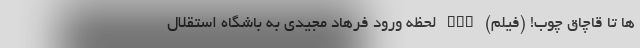
ها تا قاچاق چوب! (فیلم) nan لحظه ورود فرهاد مجیدی به باشگاه استقلال